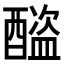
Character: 𨣕